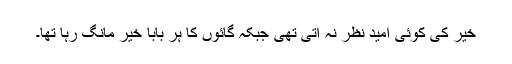
خیر کی کوئی امید نظر نہ آتی تھی جبکہ گائوں کا ہر بابا خیر مانگ رہا تھا۔